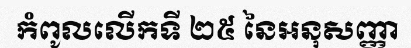
កំពូលលើកទី ២៥ នៃអនុសញ្ញា